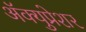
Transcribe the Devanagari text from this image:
अॅक्युप्रेशर